Tezpur Lunatic Asylum reports 1877-1894 - 1877-1894
Year: 1877
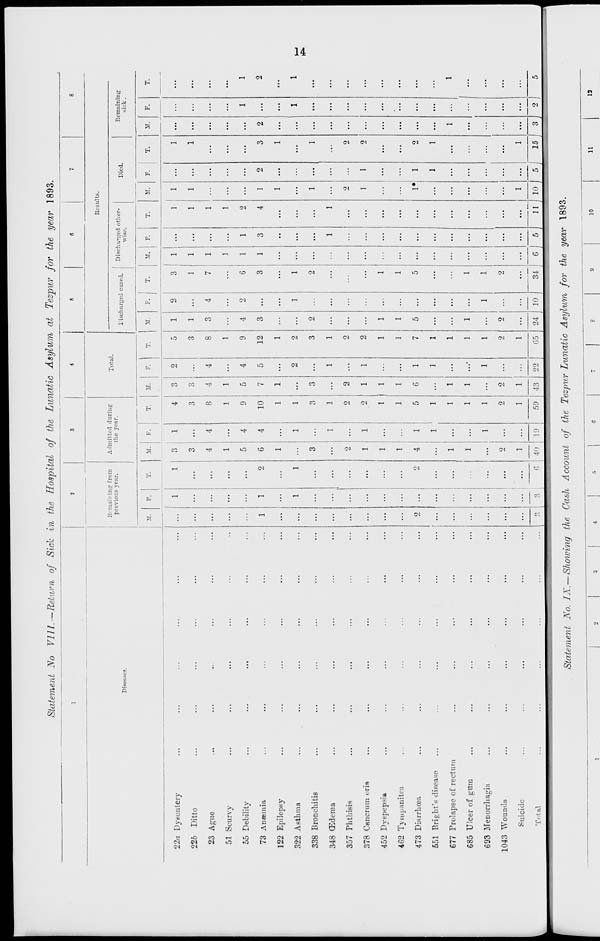
Statement No VIII.—Return of Sick in the Hospital of the Lunatic Asylum at Tezpur for the year 1893.
l
3
3
4
S
6
7
8
Remaining from
prcvior.s year.
Admitted during
the year.
Results.
Disease*.
Total.
discharged cured.
Discharged other-
wise.
Died.
Remaining
sick .
M.
F.
T.
M.
F. j
T.
1
M.
F.
T.
M.
F.
T.
M.
F.
T.
M. F.
T.
M.
F.
T.
22a Dysentery
...
... I i
1
3
1
4
3
2
5
1
2
3
1 ...
1
1 ...
1
...
22b Ditto
...
... ...
...
3 ...
3
3 ...
3
1 ...
1
1 ...
1
1 ...
1 ... ...
...
23 Ague
,
... ...
...
4
4
8
4
4
8
3
4
7
1 ...
1 ...
...
...
... ...
...
51 Scurvy
.
... ...
...
1 ...
1
1 ...
1 ... ...
...
1
...
1 ... ...
...
... ...
...
55 Debility
.
... ...
...
5
4
9
5
4
9
4
2
6
1
1
2 ... ...
...
...
1
1
73 Aneemia
.
1
1
2
6
4
10
7
5
12
3 ...
3
1
3
4
1
2
3
2 ...
2
122 Epilepsy
.
... ...
...
1 ...
1
1 ...
1 ... ...
... ...
...
1 ...
1 ... ...
...
322 Asthma
.
...
1
1 ...
1
1 ...
2
2 ...
1
1 ...
...
...
...
...
1
1
338 Bronchitis
...
...
...
...
3 ...
3
3 ...
3
2
2 ...
...
1 ...
1 ... ...
...
343 (Edema
.
...
...
...
...
1
1 ...
1
1 ... ...
...
1
... ...
..-
... ...
...
357 Phthisis
...
... ...
...
2 ...
2
2 ...
2 ... ...
...
...
2 ...
2 ... ...
...
378 Cancrnm oris
.
... ...
...
1
1
2
1
1
2 ... ...
... ...
...
1
1
2 ... ...
...
452 Dyspepsia
.
... ...
...
1 ...
1
1 ...
1
1 ..,
1
...
...
... ...
...
462 Tyuipanites
... ...
...
1 ...
1
1 ...
1
1 ...
1 ...
...
... ...
...
... ...
...
473 Diarrhoea
.
2 ...
2
4
1
5
6
1
7
5 ...
5 ...
...
1« 1
2 ... ...
...
551 Bright'* disease
...
... ...
...
...
1
1 ...
1
1 ... ...
... ...
...
...
1
1 ... ...
...
677 Prolapse of rectum
...
... ...
...
1 ...
1
1 ...
1 ... ...
...
...
...
... ...
...
1 ...
1
685 Ulcer of gum
...
... ...
1 ...
1
1 ...•
1
1 ...
1 ...
...
... ...
...
... ...
...
693 Menorrhagia
...
... ...
...
...
1
1 ...
1
1 ...
1
1 ...
...
... ...
...
... ...
...
1043 Wounds
...
... ...
...
9
...
2
2
2
2 ...
2 ...
...
... ...
...
... ...
...
Suicide
...
...
B
...
1
40
...
1
1
43 22
1 ...
10
34
...
...
1 ...
1 ... ...
...
Total
o
r,
19
59
G5 24
6l 5
11 10
5 J
15 I
3
~ 1
5
Statement No. IX.—Showing the Cash Account of the Tezpur Lunatic Asylum for the year 1893.
l
i
1
2
3
4
ft
6
7
8
9
i.
li
ia
£»